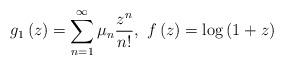
LaTeX: \begin{align*}g_1\left(z\right)= \sum_{n=1}^{\infty} \mu_n \frac{z^n}{n!},\thinspace\thinspace f\left(z\right)=\log\left(1+z\right)\end{align*}